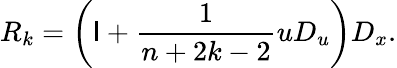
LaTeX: R_{k}=\left(\mathsf{I}+{\frac{{1}}{{n+2k-2}}}uD_{u}\right)D_{x}.